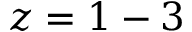
z = 1 - 3